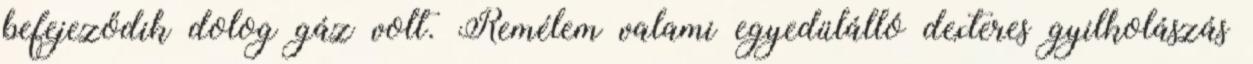
befejeződik dolog gáz volt. Remélem valami egyedülálló dexteres gyilkolászás